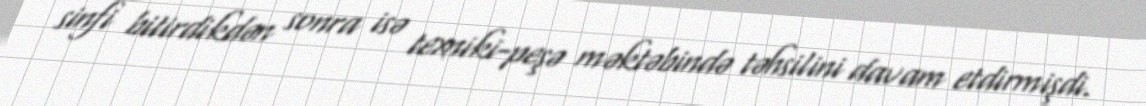
sinfi bitirdikdən sonra isə texniki-peşə məktəbində təhsilini davam etdirmişdi.